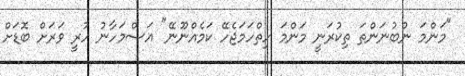
"މަންމަ ނުބުނަންތަ ތިކުރަނީ މަންމަ ހިތްހަމަޖެހޭ ކަމެއްނޫނޭ" އަސްމަހާނު ހުރީ ވަރަށް ބޮޑަށް